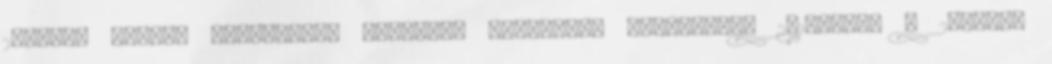
2009-es üzleti eredmények hatalmas problémát okozhatnak 2010-ben. A 2009-es